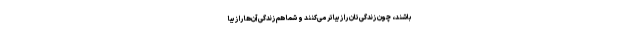
باشند، چون زندگی‌تان را زیباتر می‌کنند و شما هم زندگی آن‌ها را زیبا